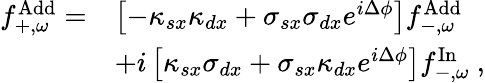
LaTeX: \begin{array}{rl}{f_{+,\omega}^{\mathrm{Add}}=}&{\left[-\kappa_{sx}\kappa_{dx}+\sigma_{sx}\sigma_{dx}e^{i\Delta\phi}\right]f_{-,\omega}^{\mathrm{Add}}}\\ &{+i\left[\kappa_{sx}\sigma_{dx}+\sigma_{sx}\kappa_{dx}e^{i\Delta\phi}\right]f_{-,\omega}^{\mathrm{In}}\ ,}\end{array}